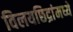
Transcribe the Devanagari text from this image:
विलयछिद्रांमध्ये